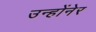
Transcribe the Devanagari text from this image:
उन्होंनेर